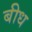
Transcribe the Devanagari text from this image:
बीध